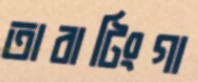
তাবাটিংগা